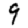
Digit: 9